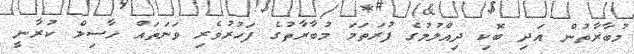
މުބާރާތުން އަދި ބޮކި ދިއްލުމުގެ ފުރަތަމަ މުބާރާތުގެ ފަހުރުވެރި ވަނަތައް ހާސިލް ކުރާނީ